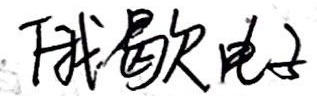
俄歇电子